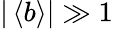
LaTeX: |\left\langle b\right\rangle|\gg 1